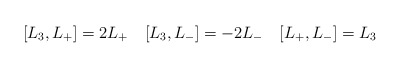
\begin{align*}[L_3,L_+]=2L_+\quad [L_3,L_-]=-2L_-\quad [L_+,L_-]=L_3\end{align*}